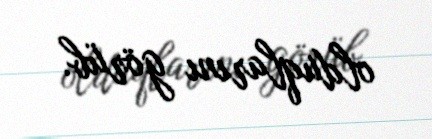
olduqlarını görüb.